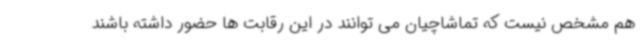
هم مشخص نیست که تماشاچیان می توانند در این رقابت ها حضور داشته باشند